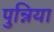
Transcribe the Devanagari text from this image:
पुन्निया